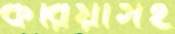
করিয়াসহ